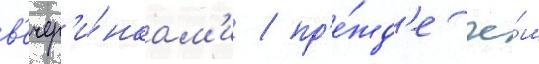
в'ечер'и́нкам'и / пр'е́жд'е че́м